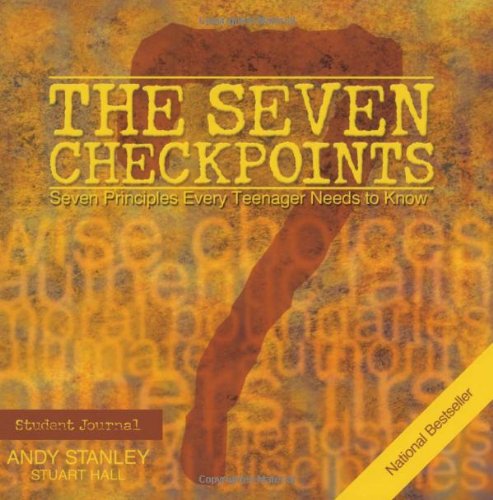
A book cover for The Seven Checkpoints: Student Journal; Andy Stanley; Christian Books & Bibles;